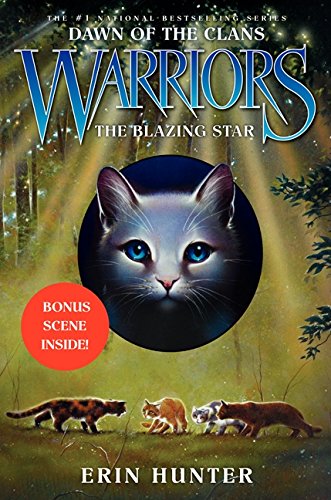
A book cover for Warriors: Dawn of the Clans #4: The Blazing Star; Erin Hunter; Children's Books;